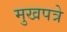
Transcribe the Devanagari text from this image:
मुखपत्रे